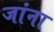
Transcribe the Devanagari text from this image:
जांना